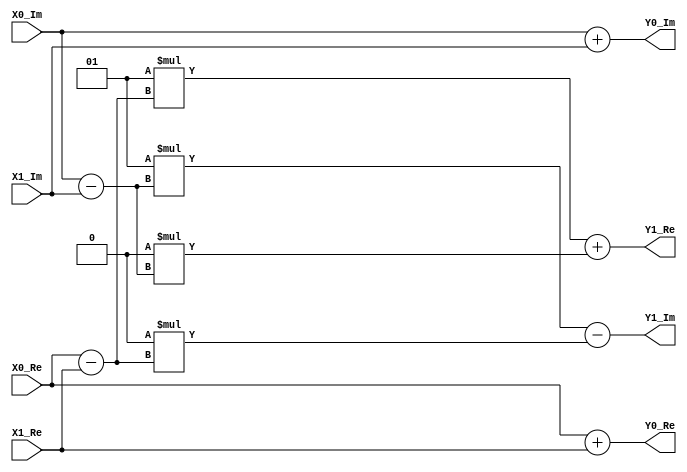
`timescale 1ns / 1ps
//////////////////////////////////////////////////////////////////////////////////
// Company: MSIS LAB
// 
//Design Name: 
// Module Name: Butterfly_Radix2 
// Project Name: 
// TargetDevices: 
// Tool versions: 
//Description: 
//
//Dependencies: 
//
// Revision: 
// Revision 0.01 - File Created
// Additional Comments: 
//
//////////////////////////////////////////////////////////////////////////////////
module Butterfly_Radix2
//=============================================================================	
//========================= ParametersDeclarations ===========================		
//=============================================================================
#(
 // The width of the input, output and twiddle factors.
 parameter DataWidth = 16
 )
//=============================================================================
//======================== InputsDeclarations ============================
//============================================================================= 
(
input  wire signed [DataWidth-1 :0] X0_Re,
input  wire signed [DataWidth-1 :0] X0_Im,
input  wire signed [DataWidth-1 :0] X1_Re,
input  wire signed [DataWidth-1 :0] X1_Im,
output wire signed [DataWidth-1 :0] Y0_Re,
output wire signed [DataWidth-1 :0] Y0_Im,
output wire signed [DataWidth-1 :0] Y1_Re,
output wire signed [DataWidth-1 :0] Y1_Im
);
// Double length product
wire signed 	[DataWidth-1:0] sin, cos;
assign sin = 0;
assign cos = 1;
//Addition Operation
wire signed [DataWidth :0] Y0_Re_Add = X0_Re + X1_Re;//xr[i1] <= xr[i1] + xr[i2];
wire signed [DataWidth :0] Y0_Im_Add = X0_Im + X1_Im;//xi[i1] <= xi[i1] + xi[i2];
//Subtraction Operation
wire signed [DataWidth-1 :0] Y0_Re_Sub = X0_Re - X1_Re;//tr = xr[i1] - xr[i2];
wire signed [DataWidth-1 :0] Y0_Im_Sub = X0_Im - X1_Im;//ti = xi[i1] - xi[i2];
//Output the Addition
assign Y0_Re = Y0_Re_Add;
assign Y0_Im = Y0_Im_Add;
//Twiddle_Factor_Cos_Sin = cos(2*pi*(1/N)*(0:N/2-1))-j*sin(2*pi*(1/N)*(0:N/2-1))
//x(n+k+(Levels/2)+1) = (A-B)*Twiddle_Factor_Level(n+1); % DIF
//Cos
wire signed [(DataWidth*2)-1 :0] Cos_Re_Mul = cos * Y0_Re_Sub;//cos_tr = cos * tr;
wire signed [(DataWidth*2)-1 :0] Cos_Im_Mul = cos * Y0_Im_Sub;//cos_ti = cos * ti; 
//Sin
wire signed [(DataWidth*2)-1 :0] Sin_Re_Mul = sin * Y0_Re_Sub;//sin_tr = sin * tr;
wire signed [(DataWidth*2)-1 :0] Sin_Im_Mul = sin * Y0_Im_Sub;//sin_ti = sin * ti;
// We take the MSB
//assign Y1_Re [DataWidth-1 :0] = Cos_Re_Mul [(DataWidth*2)-1 :DataWidth] +  Sin_Im_Mul [(DataWidth*2)-1 :DataWidth]; //xr[i2] <= (cos_tr >>> 14) + (sin_ti >>> 14);
//assign Y1_Im [DataWidth-1 :0] = Cos_Im_Mul [(DataWidth*2)-1 :DataWidth] -  Sin_Re_Mul [(DataWidth*2)-1 :DataWidth]; //xi[i2] <= (cos_ti >>> 14) - (sin_tr >>> 14);

//assign Y1_Re = Cos_Re_Mul [DataWidth-1:0] +  Sin_Im_Mul [DataWidth-1:0]; //xr[i2] <= (cos_tr >>> 14) + (sin_ti >>> 14);
//assign Y1_Im = Cos_Im_Mul [DataWidth-1:0] -  Sin_Re_Mul [DataWidth-1:0]; //xi[i2] <= (cos_ti >>> 14) - (sin_tr >>> 14);

wire    signed  [(DataWidth*2)-1:  0 ]  Y1_Re_Add_Mul = Cos_Re_Mul +  Sin_Im_Mul ; //xr[i2] <= (cos_tr >>> 14) + (sin_ti >>> 14);
wire    signed  [(DataWidth*2)-1:  0 ]  Y1_Im_Add_Mul = Cos_Im_Mul -  Sin_Re_Mul ; //xi[i2] <= (cos_ti >>> 14) - (sin_tr >>> 14);

assign Y1_Re = Y1_Re_Add_Mul [DataWidth - 1:0]; 
assign Y1_Im = Y1_Im_Add_Mul [DataWidth - 1:0];
endmodule